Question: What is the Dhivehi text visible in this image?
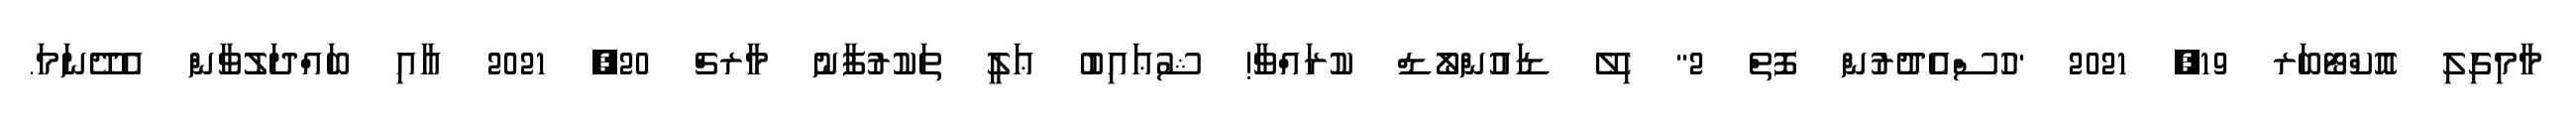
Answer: މާމިގިލި އޮކްޓޯބަރ 19, 2021 "ހުސްއެދުރުން ފޮތް 2" ހިލޭ ޑައުންލޯޑް ކުރައްވާ! ޝުޢައިބު ޢަލީ ތަކުރުފާނު މާރޗް 20, 2021 އާއި ބައްދަލުވާން އެދޭނަމަ.